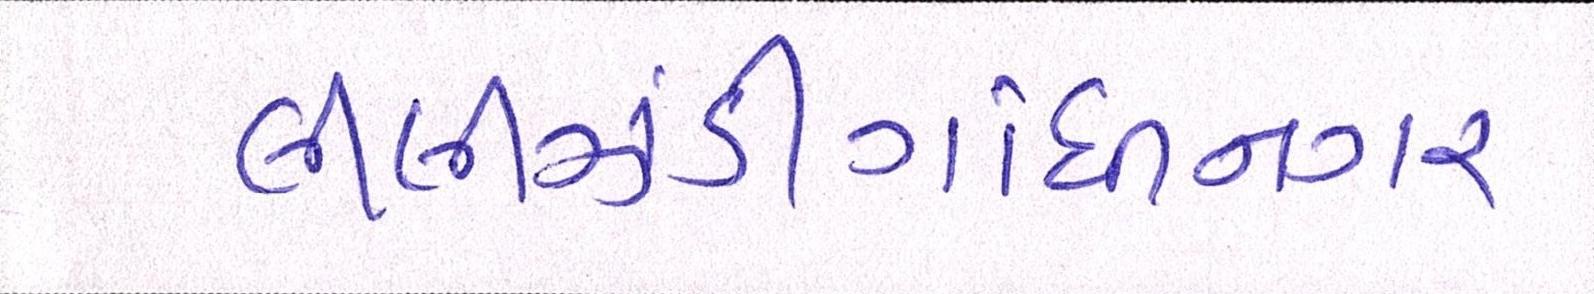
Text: લીલીઝંડીગાંધીનગર